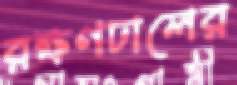
রক্ষণঢালের